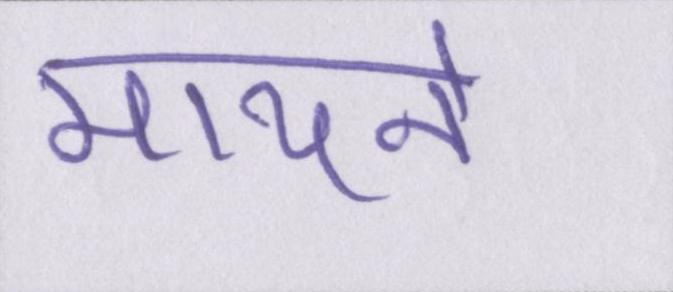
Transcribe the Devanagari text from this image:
मायने